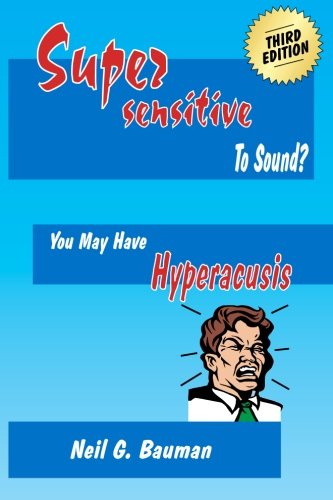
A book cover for Supersensitive to Sound? (3rd Edition): You May Have Hyperacusis; Neil G Bauman; Health, Fitness & Dieting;